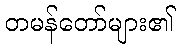
တမန်တော်များ၏